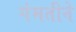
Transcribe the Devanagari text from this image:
गंमतीने